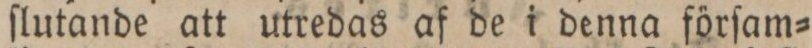
ſlutande att utredas af de i denna förſam=